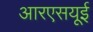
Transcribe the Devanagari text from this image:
आरएसयूई